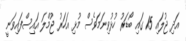
އަދި ޖުލައި 15 ގައި ބޯޑަރު ހުޅުވިނަމަވެސް މުޅި އަހަރު ޖުމްލަ އައިސްފައިވަނީ